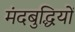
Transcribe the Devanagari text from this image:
मंदबुद्धियों